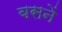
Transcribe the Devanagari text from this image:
बसनें